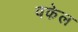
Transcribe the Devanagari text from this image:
वकेल